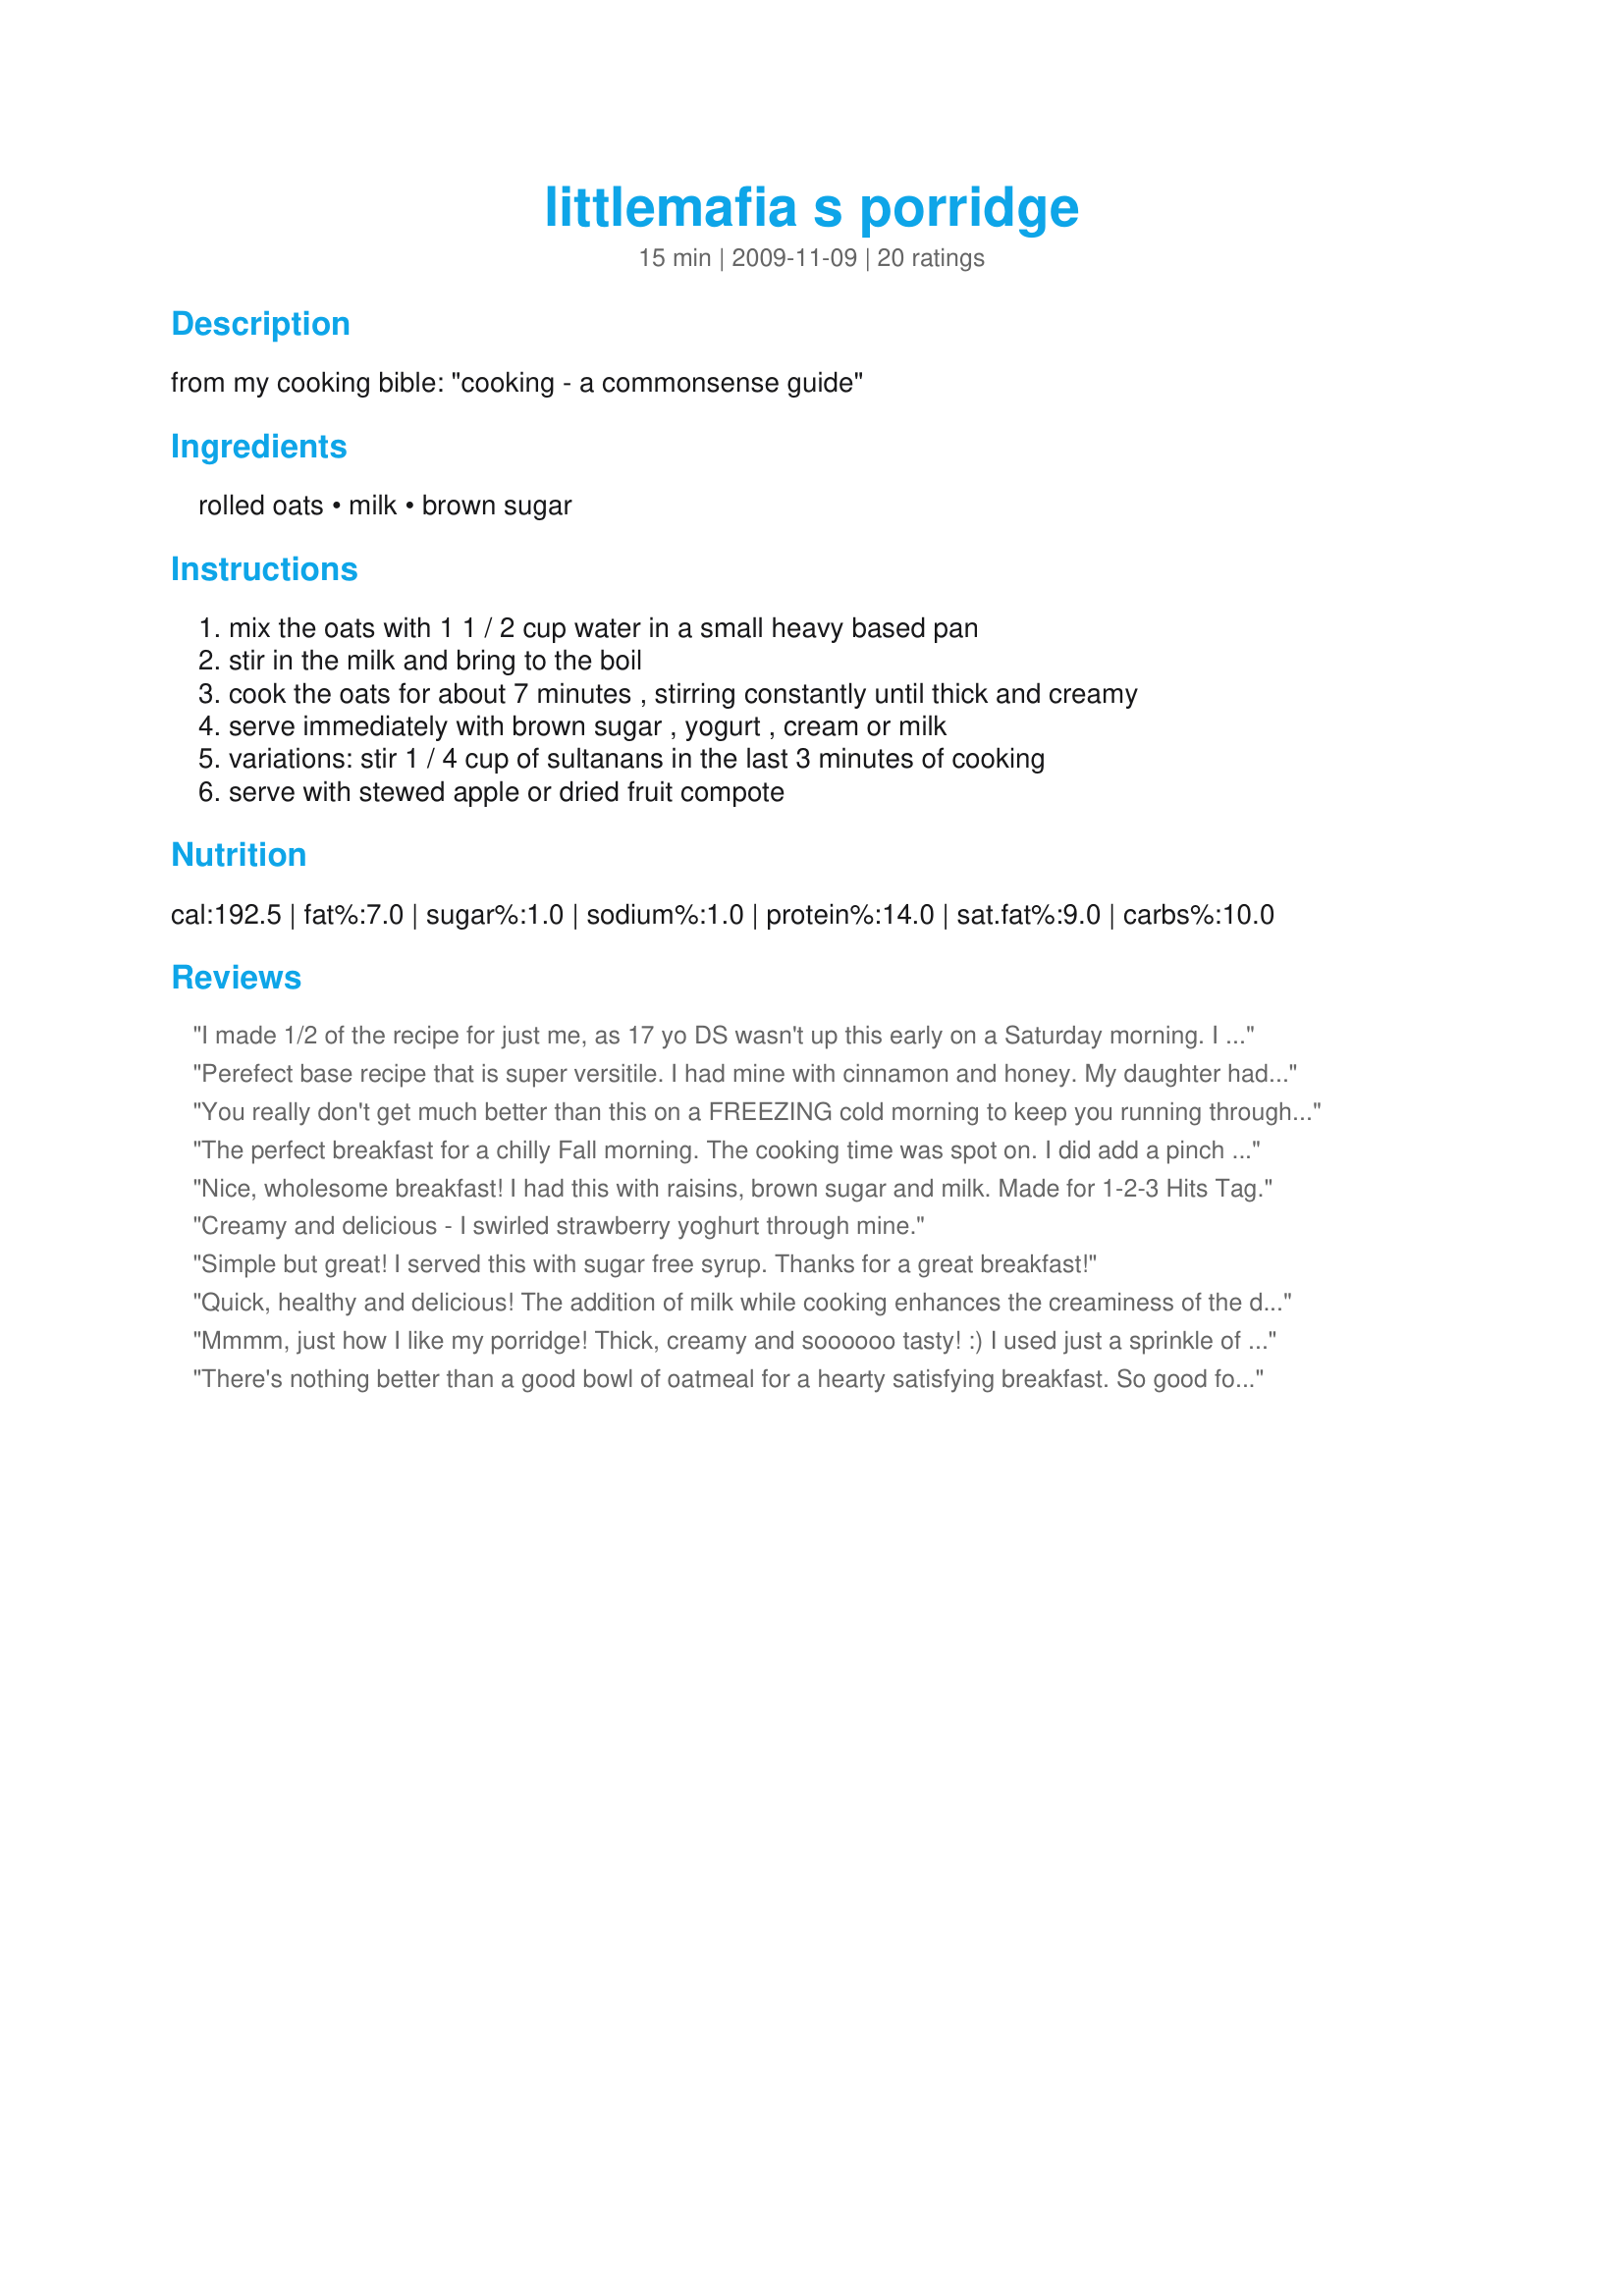
littlemafia s porridge
Preparation time: 15 minutes

from my cooking bible: "cooking - a commonsense guide"

Ingredients:
rolled oats, milk, brown sugar

Steps:
mix the oats with 1 1 / 2 cup water in a small heavy based pan, stir in the milk and bring to the boil, cook the oats for about 7 minutes , stirring constantly until thick and creamy, serve immediately with brown sugar , yogurt , cream or milk, variations: stir 1 / 4 cup of sultanans in the last 3 minutes of cooking, serve with stewed apple or dried fruit compote

Reviews:
I made 1/2 of the recipe for just me, as 17 yo DS wasn't up this early on a Saturday morning. I haven't made the old fashioned oatmeal in so long, usually use the instant, and this brought back memories of my mothers oatmeal. I added a tad of butter on top, brown sugar and a touch of milk. Thanks for sharing your recipe. Made for Stars Tag.
Perefect base recipe that is super versitile. I had mine with cinnamon and honey. My daughter had hers with applesauce. I look forward to trying more variations.
You really don't get much better than this on a FREEZING cold morning to keep you running throughout the morning! I added a sprinkle of cinnamon and topped with a sprinkle of raisins! Thanks for posting! Made for Holiday Tag December 2009!
The perfect breakfast for a chilly Fall morning. The cooking time was spot on. I did add a pinch of salt and a 1/4 cup raisins while cooking. Nice creamy porridge. Thanks for sharing the recipe.
Nice, wholesome breakfast! I had this with raisins, brown sugar and milk. Made for 1-2-3 Hits Tag.
Creamy and delicious - I swirled strawberry yoghurt through mine.
Simple but great! I served this with sugar free syrup. Thanks for a great breakfast!
Quick, healthy and delicious! The addition of milk while cooking enhances the creaminess of the dish, I also added a pinch of salt. I served it with a sprinkle of brown sugar, a dash of cinnamon and a bit of milk around the edge. Serving size is quite generous as well. Thanks for a great breakfast! Made for Sweet Traditions Tag.
Mmmm, just how I like my porridge! Thick, creamy and soooooo tasty! :)
I used just a sprinkle of cinnamon on top and no sugar or yogurt at all. It was great by itself!
THANKS SO MUCH for sharing this easy and yummy recipe with us, little!
Made and reviewed for Share The Love in Everyday Is A Holiday February 2010.
There's nothing better than a good bowl of oatmeal for a hearty satisfying breakfast. So good for you too:-) Nothing to add, nothing to delete. Perfect.
Love my oatmeal nice and creamy and this was lovely. Topped it with some maple syrup and a little brown sugar. Yum!!
It was sooo cold here....at least for where I live! I had to have something hot, and this reminded me of what my Mom made for me on winter mornings before I moved away....delicious!! I did add some raisins. Thanks for reminding me of the simple pleasures!
This is great with butter, raisins, and sugar. I've been looking for a recipe with this taste and now I have it. I am so grateful!
Usually my oats are a bit gummy but cooked this way they were nice and creamy. I served these with peach syrup and brown sugar.
Super creamy! When DH saw that I made oatmeal this morning, he said, "You made OATMEAL?" However, after eating this delicious stuff, which I'd topped with blueberries (frozen, they cooled it down nicely), he approved, and even said he was amazed it didn't need sugar! We have two parrots, and when they got a taste of it from my bowl, they made it so difficult for me to eat because hey were sticking their heads in my bowl, I gave them their own, which they licked clean as much as a parrot can lick something clean. This was a real hit in our house, and I'll make it often. Thanks, little!! Made for Zaar Stars Tag.
This was a perfect breakfast after reading my girls "Goldilocks and the Three Bears." My 7-year-old kept saying, "I can see why Little Bear looooved his porridge!" Very thick and creamy. We kept it simple with a little milk and brown sugar. I have a feeling I'll be making this again soon. Easy and quick. Thanks!
At first I thought there would be too much liquid but no it's perfect. I topped mine with brown sugar and yogurt. Yummy! Thanks Littlemafia :) Made for Zaar Star Game
One of the few foods that hasn't been bioengineered. A high fiber and complex carbohydrate that can even be used as a facial mask. Now that's one radical food.
This tasted like oatmeal I ate when I was a child. I used gluten free organic oats, plain rice milk, dark brown demura sugar & organic plain yogurt. I don't like oatmeal but this was pretty good! I liked the yogurt on top as I have never had it that way.
Very creamy and tasty. Made as written, worrying there it would be to thin. Used the serving suggestion of stewed apples, golden raisins and topping with a little brown sugar. Thanks so much for a healthy yummy breakfast.
